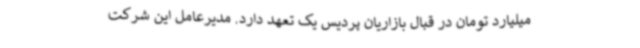
میلیارد تومان در قبال بازاریان پردیس یک تعهد دارد. مدیرعامل این شرکت